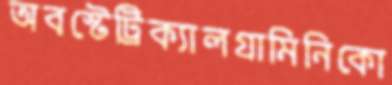
অবস্টেট্রিক্যালগ্রামিনিকো